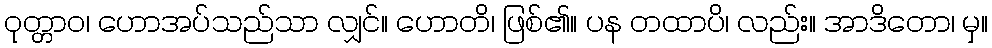
ဝုတ္တာဝ၊ ဟောအပ်သည်သာ လျှင်။ ဟောတိ၊ ဖြစ်၏။ ပန တထာပိ၊ လည်း။ အာဒိတော၊ မှ။